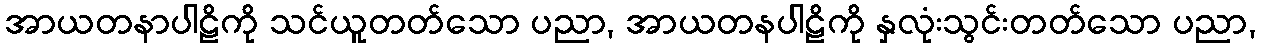
အာယတနာပါဠိကို သင်ယူတတ်သော ပညာ, အာယတနပါဠိကို နှလုံးသွင်းတတ်သော ပညာ,